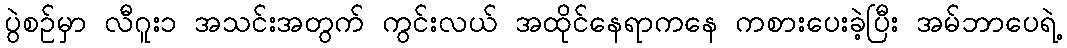
ပွဲစဉ်မှာ လီဂူး၁ အသင်းအတွက် ကွင်းလယ် အထိုင်နေရာကနေ ကစားပေးခဲ့ပြီး အမ်ဘာပေရဲ့